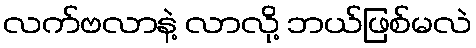
လက်ဗလာနဲ့ လာလို့ ဘယ်ဖြစ်မလဲ